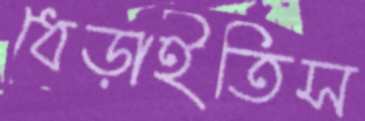
ধেড়াইতিস